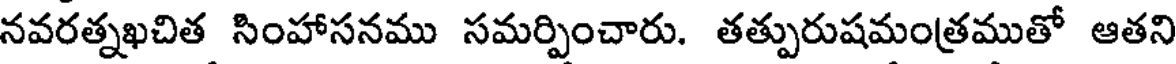
నవరత్నఖచిత సింహాసనము సమర్పించారు. తత్పురుషమంత్రముతో ఆతని